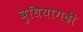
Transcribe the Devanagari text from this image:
बुधियागढी